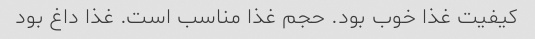
کیفیت غذا خوب بود. حجم غذا مناسب است. غذا داغ بود